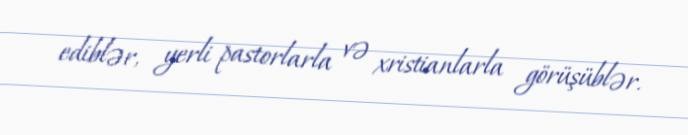
ediblər, yerli pastorlarla və xristianlarla görüşüblər.